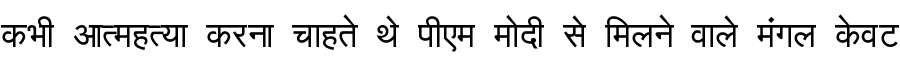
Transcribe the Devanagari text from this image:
कभी आत्महत्या करना चाहते थे पीएम मोदी से मिलने वाले मंगल केवट